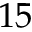
1 5